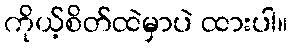
ကိုယ့်စိတ်ထဲမှာပဲ ထားပါ။